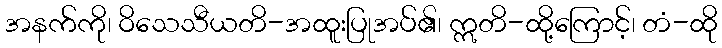
အနက်ကို၊ ဝိသေသီယတိ-အထူးပြုအပ်၏၊ ဣတိ-ထို့ကြောင့်၊ တံ-ထို